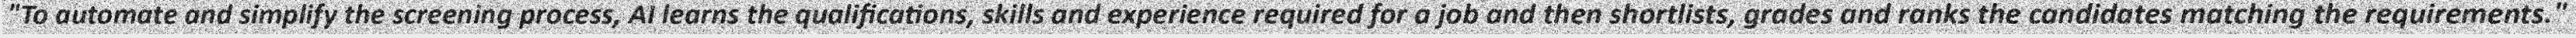
"To automate and simplify the screening process, AI learns the qualifications, skills and experience required for a job and then shortlists, grades and ranks the candidates matching the requirements."